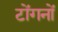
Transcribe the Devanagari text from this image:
टोंगनों